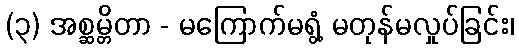
(၃) အစ္ဆမ္တိတာ - မကြောက်မရွံ့ မတုန်မလှုပ်ခြင်း၊